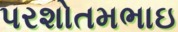
પરશોતમભાઇ